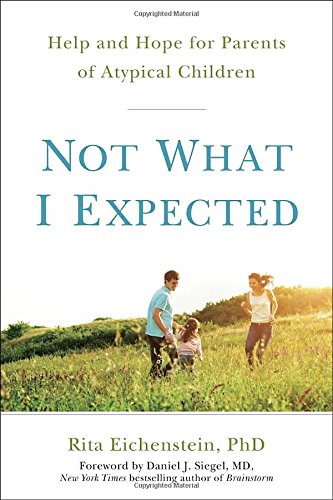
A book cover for Not What I Expected: Help and Hope for Parents of Atypical Children; Rita Eichenstein PhD; Self-Help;